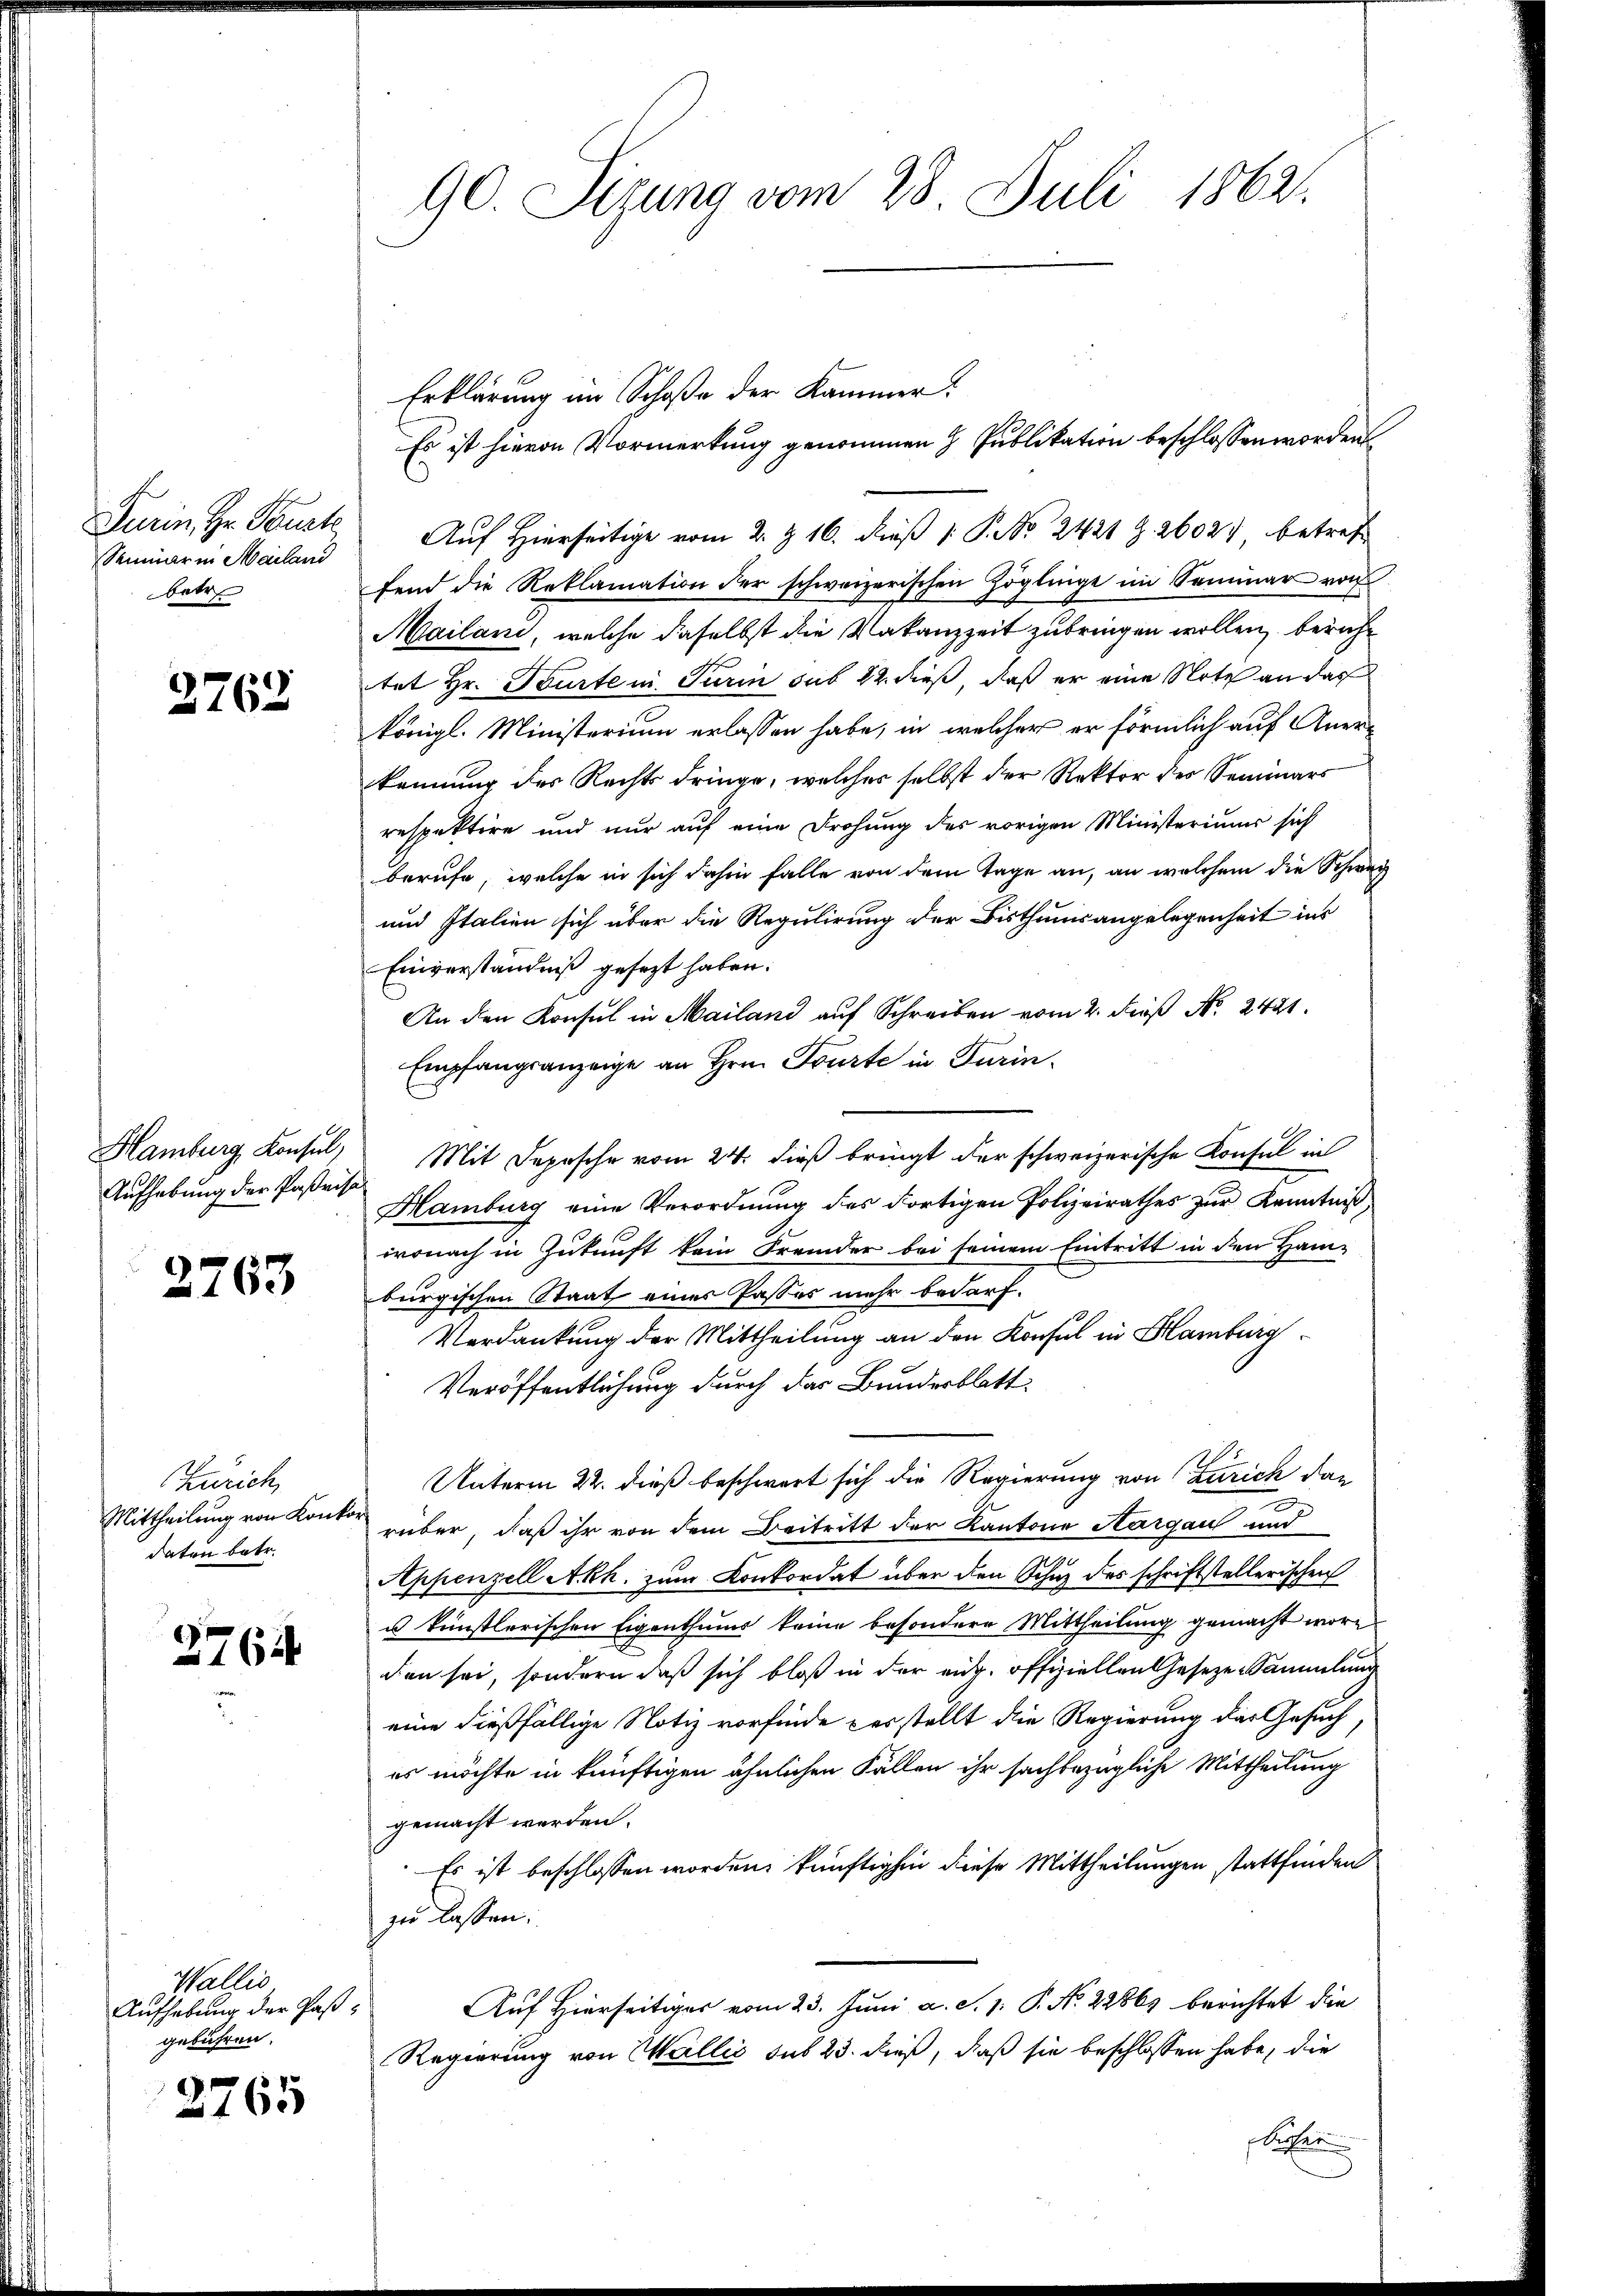
Turin Hr. Pourt
Seiner in Mailand
betr

2762

Hamburg, Konsul,
Aufhebung der Poßeise

2763

Zürich,
Mittheilung von Konkor
daten betr.

2764

Wallis
Aufhebung der Paßgebühren.

2765

90. Sizung vom 28. Juli 1862.

Auf Hierseitige vom 2. Z. 16. dieß P. Nr. 2421 Z. 26027 betreff
fend die Reklamation der schweizerischen Zöglinge im Sammer von
Mailand, welche daselbst die Vakanzzeit zubringen wollen, beruhe
tet Hr. Tourte in Turin sub 22. dieß, daß er eine Note an das
königl. Ministerium erlassen habe, in welcher er förmlich auf Anerkennung des Rechts dringe, welches selbst der Rektor des Seminars
respektire und nur auf eine Drohung des vorigen Ministeriums sich
berufe, welche in sich dahin falle von dem Tage an, an welchem die Schweiz
und Italien sich über die Regulirung der Bisthumsangelegenheit ins
Einverständniß gesezt haben.
An den Konsul in Mailand auf Schreiben vom 2. dieß No. 2421.
Empfangsanzeige an Hrn. Tourte in Turin.
Mit Depesche vom 24. dieß bringt der schweizerische Consul in
Hamburg eine Verordnung des dortigen Polizeirathes zur Kenntniß,
wonach in Zukunft kein Fremder bei seinem Eintritt in den Ham-
burgischen Staat eines Passes mehr bedarf.
Verdankung der Mittheilung an den Konsul in Hamburg
Veröffentlichung durch das Bundesblatt
Unterm 22. dieß beschwert sich die Regierung von Zürich dan
.
rüber, daß ihr von dem Beitritt der Kantone Aargau und
Appenzell Akh. zum Konkordat über den Schuz des schriftstellerischen
u künstlerischen Eigenthums keine besondere Mittheilung gemacht worden sei, sondern daß sich bloß in der eit. offiziellen Geseze Sammlung
eine dießfällige Notiz vorfinde desstellt die Regierung der Gesuch
es möchte in künftigen ähnlichen Fällen ihr sachbezügliche Mittheilung
gemacht werden.
Es ist beschlossen worden, künftighin diese Mittheilungen stattfinden
zu lassen:
Auf Hierseitiger vom 23. Juni a. S. 1: P. No 22863 berichtet die
Regierung von Wallis sub 23. dieß, daß sie beschlossen habe, die
slichen

Erklärung im Schoße der Kammer.

Es ist hievon Vormerkung genommen & Publikation beschlossen worden